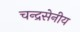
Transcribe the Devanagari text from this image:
चन्द्रसेनीय